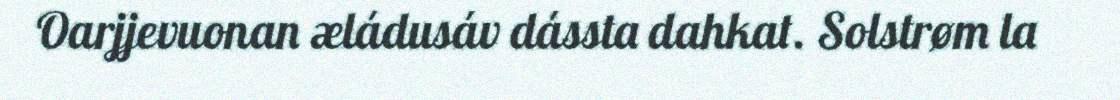
Oarjjevuonan æládusáv dássta dahkat. Solstrøm la